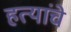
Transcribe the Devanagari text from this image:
हत्यांचे